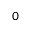
0